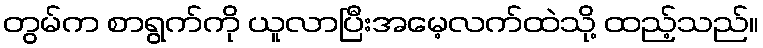
တွမ်က စာရွက်ကို ယူလာပြီးအမေ့လက်ထဲသို့ ထည့်သည်။